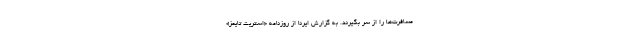
مسافرت‌ها را از سر بگیرند. به گزارش ایرنا از روزنامه «استریت تایمز»